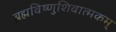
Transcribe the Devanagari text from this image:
ब्रह्मविष्णुशिवात्मकम्